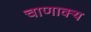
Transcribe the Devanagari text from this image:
चाणाक्य